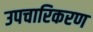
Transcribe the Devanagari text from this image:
उपचारिकरण